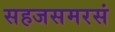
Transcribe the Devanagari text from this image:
सहजसमरसं